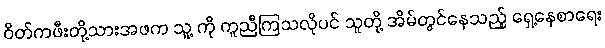
ဝိတ်ကဖီးတို့သားအဖက သူ့ ကို ကူညီကြသလိုပင် သူတို့ အိမ်တွင်နေသည့် ရှေ့နေစာရေး